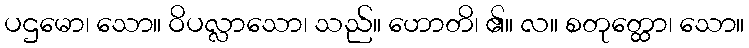
ပဌမော၊ သော။ ဝိပလ္လာသော၊ သည်။ ဟောတိ၊ ၏။ လ။ စတုတ္ထော၊ သော။